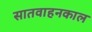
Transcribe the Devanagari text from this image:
सातवाहनकाल